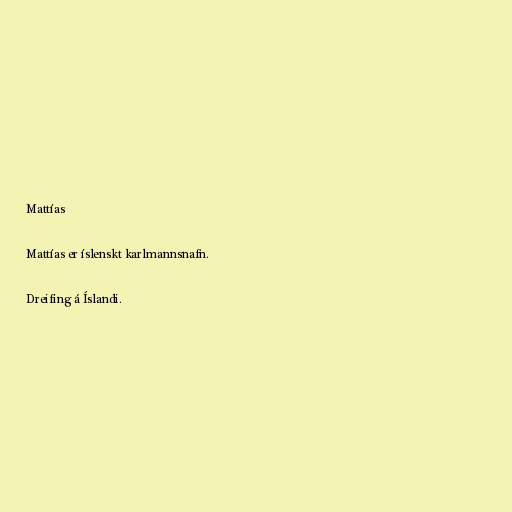
Mattías

Mattías er íslenskt karlmannsnafn.

Dreifing á Íslandi.